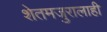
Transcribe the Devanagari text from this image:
शेतमजुरालाही